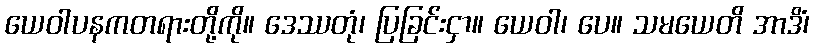
ယေဝါပနကတရားတို့ကို။ ဒေဿတုံ၊ ပြခြင်းငှာ။ ယေဝါ၊ ပေ။ သမယေတိ အာဒိံ၊